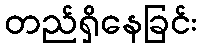
တည်ရှိနေခြင်း